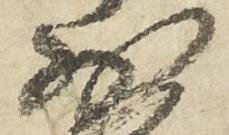
少